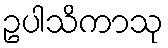
ဥပါသိကာသု